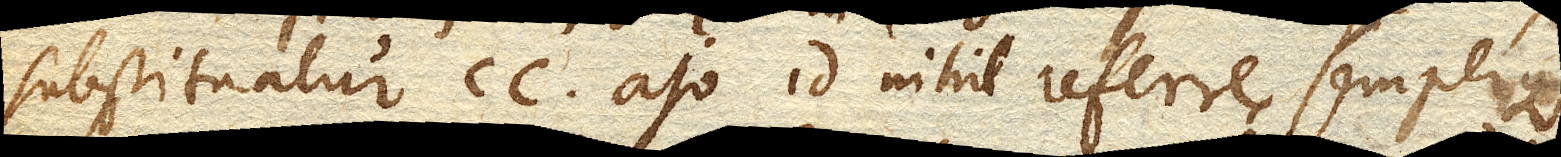
substituatur cc. ajo id nihil referre, semperque